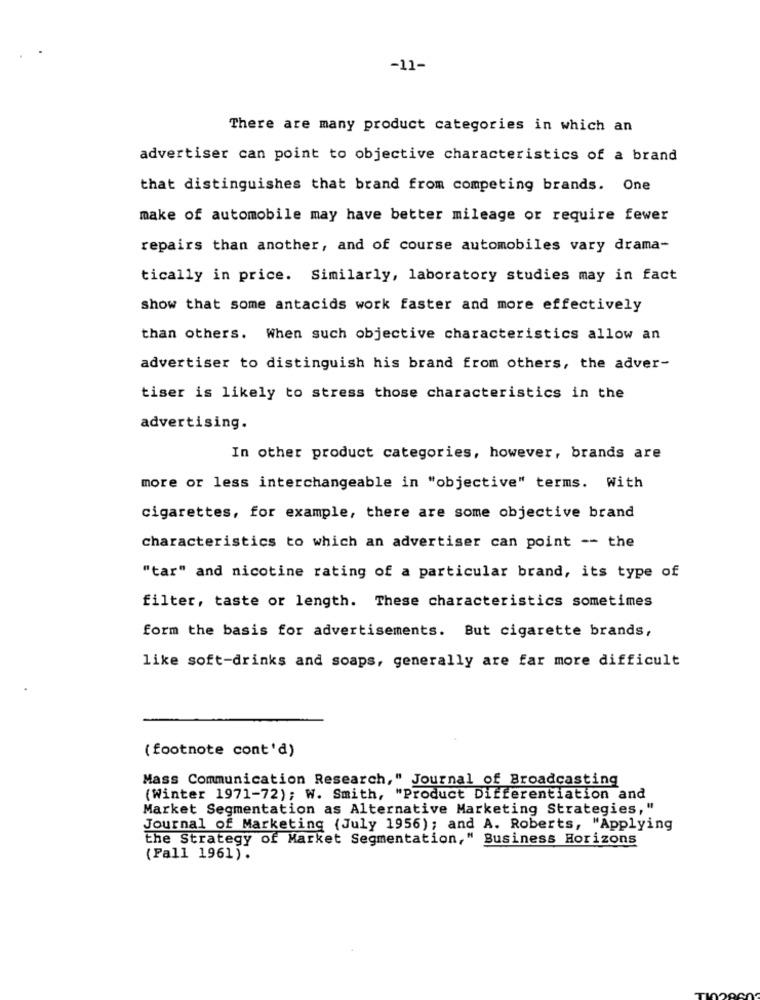
-11-
There are many product categories in which an
advertiser can point to objective characteristics of a brand
that distinguishes that brand from competing brands. One
make of automobile may have better mileage or require fewer
repairs than another, and of course automobiles vary drama-
tically in price. Similarly, laboratory studies may in fact
show that some antacids work faster and more effectively
than others. When such objective characteristics allow an
advertiser to distinguish his brand from others, the adver-
tiser is likely to stress those characteristics in the
advertising.
In other product categories, however, brands are
more or less interchangeable in "objective" terms. With
cigarettes, for example, there are some objective brand
characteristics to which an advertiser can point -- the
"tar" and nicotine rating of a particular brand, its type of
filter, taste or length. These characteristics sometimes
form the basis for advertisements. But cigarette brands,
like soft-drinks and soaps, generally are far more difficult
(footnote cont'd)
Mass Communication Research," Journal of Broadcasting
(Winter 1971-72); W. Smith, "Product Differentiation and
Market Segmentation as Alternative Marketing Strategies,"
Journal of Marketing (July 1956); and A. Roberts, "Applying
the Strategy of Market Segmentation," Business Horizons
(Pall 1961).